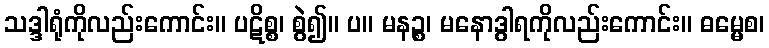
သဒ္ဒါရုံကိုလည်းကောင်း။ ပဋိစ္စ၊ စွဲ၍။ ပ။ မနဉ္စ၊ မနောဒွါရကိုလည်းကောင်း။ ဓမ္မေစ၊